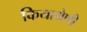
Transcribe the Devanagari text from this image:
कियाश्रेणी